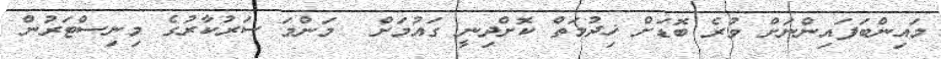
މައިންބަފައިންނަށް ވުރެ ބޮޑަށް ޚިދުމަތް ކޮށްދިނީ ގައުމަށް  މަންމަ ސަރުކާރުގެ މިނިސްޓަރުން